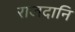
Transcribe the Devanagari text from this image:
राजदानि